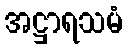
အဋ္ဌာရသမံ